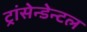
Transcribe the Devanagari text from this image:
ट्रांसेन्डेन्टल